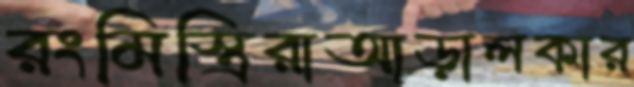
রংমিস্ত্রিরাআড়ালকার